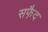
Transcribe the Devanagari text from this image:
सफै़द